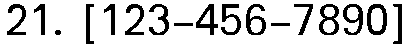
21. [123-456-7890]